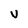
Character: V